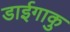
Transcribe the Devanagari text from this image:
डाईगाकु